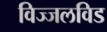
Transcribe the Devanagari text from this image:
विज्जलविड